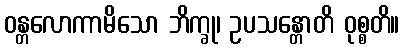
ဝန္တလောကာမိသော ဘိက္ခု၊ ဥပသန္တောတိ ဝုစ္စတိ။